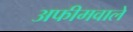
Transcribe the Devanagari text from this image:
अफीमवाले